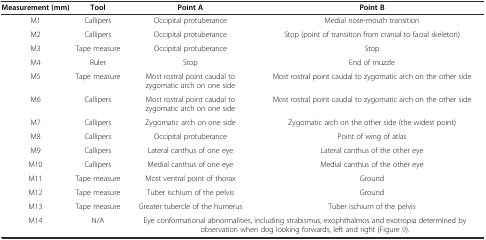
| Measurement (mm) | Tool | Point A | Point B |
 | --- | --- | --- | --- |
 | M1 | Callipers | Occipital protuberance | Medial nose-mouth transition |
 | M2 | Callipers | Occipital protuberance | Stop (point of transition from cranial to facial skeleton) |
 | M3 | Tape measure | Occipital protuberance | Stop |
 | M4 | Ruler | Stop | End of muzzle |
 | M5 | Tape measure | Most rostral point caudal to zygomatic arch on one side | Most rostral point caudal to zygomatic arch on the other side |
 | M6 | Callipers | Most rostral point caudal to zygomatic arch on one side | Most rostral point caudal to zygomatic arch on the other side |
 | M7 | Callipers | Zygomatic arch on one side | Zygomatic arch on the other side (the widest point) |
 | M8 | Callipers | Occipital protuberance | Point of wing of atlas |
 | M9 | Callipers | Lateral canthus of one eye | Lateral canthus of the other eye |
 | M10 | Callipers | Medial canthus of one eye | Medial canthus of the other eye |
 | M11 | Tape measure | Most ventral point of thorax | Ground |
 | M12 | Tape measure | Tuber ischium of the pelvis | Ground |
 | M13 | Tape measure | Greater tubercle of the humerus | Tuber ischium of the pelvis |
 | M14 | N/A | <COLSPAN=2> Eye conformational abnormalities, including strabismus, exophthalmos and exotropia determined by observation when dog looking forwards, left and right (Figure 9). |